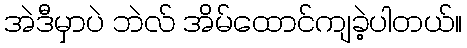
အဲဒီမှာပဲ ဘဲလ် အိမ်ထောင်ကျခဲ့ပါတယ်။